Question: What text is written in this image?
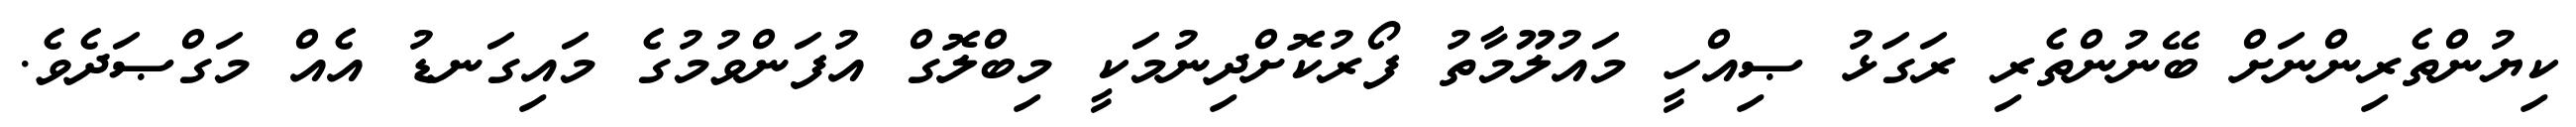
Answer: ކިޔުންތެރިންނަށް ބޭނުންތެރި ރަގަޅު ޞިއްހީ މައުލޫމާތު ފޯރުކޮށްދިނުމަކީ މިބްލޮގް އުފަންވުމުގެ މައިގަނޑު އެއް މަގްޞަދެވެ.